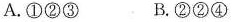
A.①②③ B.②②④